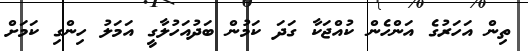
ތިން އަހަރުގެ އަންހެން ކުއްޖަކާ ގަދަ ކަމުން ބަދުއަހުލާގީ އަމަލު ހިންގި ކަމަށް